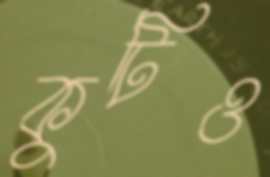
কুটিও